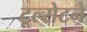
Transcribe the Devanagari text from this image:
टूल्सेटने